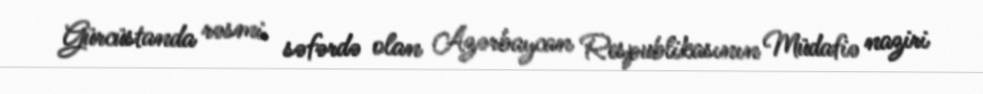
Gürcüstanda rəsmi səfərdə olan Azərbaycan Respublikasının Müdafiə naziri